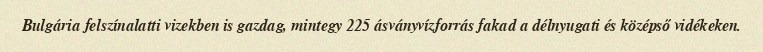
Bulgária felszínalatti vizekben is gazdag, mintegy 225 ásványvízforrás fakad a délnyugati és középső vidékeken.